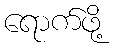
ရောက်ဖို့